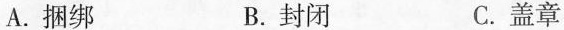
A.捆绑 B.封闭 C.盖章